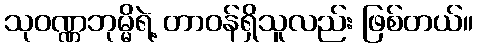
သုဝဏ္ဏဘုမ္မိရဲ့ တာဝန်ရှိသူလည်း ဖြစ်တယ်။